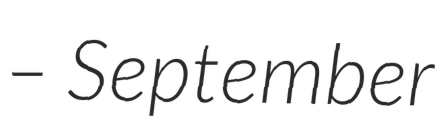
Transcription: – September